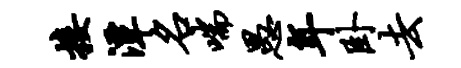
接潭名喘愚年卧去